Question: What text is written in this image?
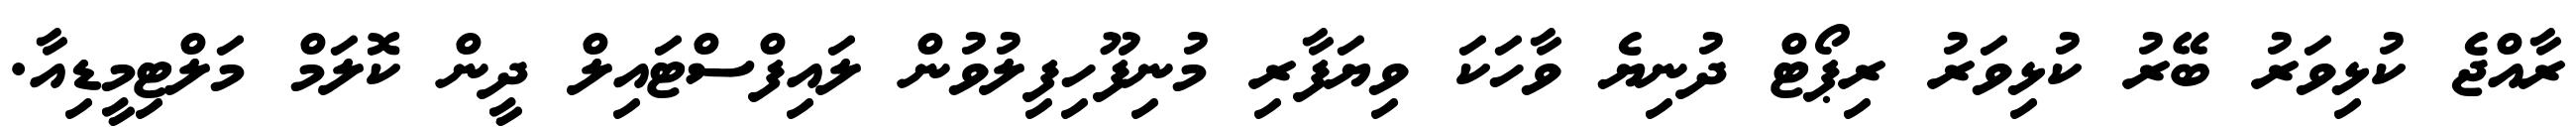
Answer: ރާއްޖެ ކުޅިވަރު ބޭރު ކުޅިވަރު ރިޕޯޓް ދުނިޔެ ވާހަކަ ވިޔަފާރި މުނިފޫހިފިލުވުން ލައިފްސްޓައިލް ދީން ކޮލަމް މަލްޓިމީޑިއާ.